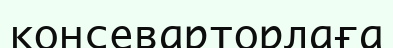
консеварторлаға